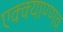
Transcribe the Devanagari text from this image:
एक्क्याण्णव